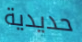
حديدية